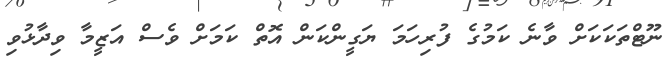
ނޫޓްތަކަކަށް ވާނެ ކަމުގެ ފުރިހަމަ ޔަގީންކަން އޮތް ކަމަށް ވެސް އަޒީމާ ވިދާޅުވި